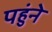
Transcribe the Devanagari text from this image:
पहुंने